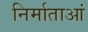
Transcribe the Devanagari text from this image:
निर्माताआं